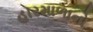
હારમાળાનો